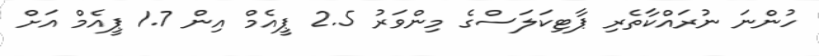
ހުންނަ ނުރައްކާތެރި ޕާޓިކަލަސްގެ މިންވަރު 2.5 ޕީއެމް އިން 1.7 ޕީއެމް އަށް